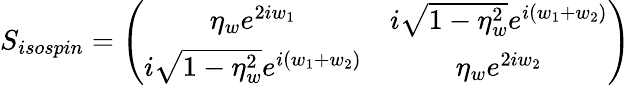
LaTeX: S_{isospin}=\left(\begin{array}{cc}{{\eta_{w}e^{2iw_{1}}}}&{{i\sqrt{1-\eta_{w}^{2}}e^{i\left(w_{1}+w_{2}\right)}}}\\ {{i\sqrt{1-\eta_{w}^{2}}e^{i\left(w_{1}+w_{2}\right)}}}&{{\eta_{w}e^{2iw_{2}}}}\end{array}\right)